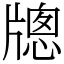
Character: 牕